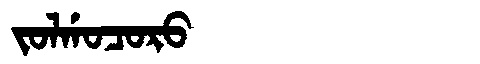
Manchu: ᠵᠣᠯᡤᠣᠴᠣᡵᠣ
Romanization: JOLGOCORO